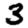
Digit: 3